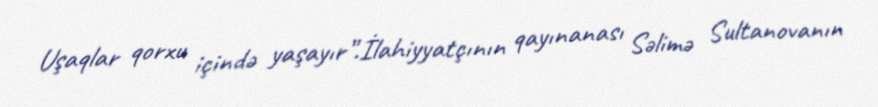
Uşaqlar qorxu içində yaşayır”.İlahiyyatçının qayınanası Səlimə Sultanovanın